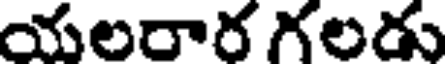
యలరార గలడు